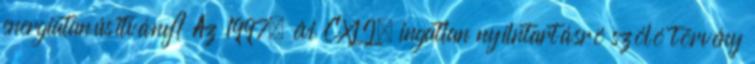
energiatanúsítvány? Az 1997. évi CXLI. ingatlan nyílntartásró szóló törvény